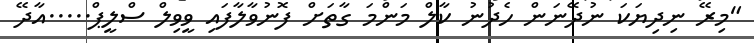
"މިރޭ ނިދިޔަކަ ނުދޭނަން ހެދުނު ކާލް މަންމަ ގާތަށް ފޮނުވާލާފައި ވީވިލް ސްލީޕް.....އާދޭ